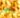
بعد